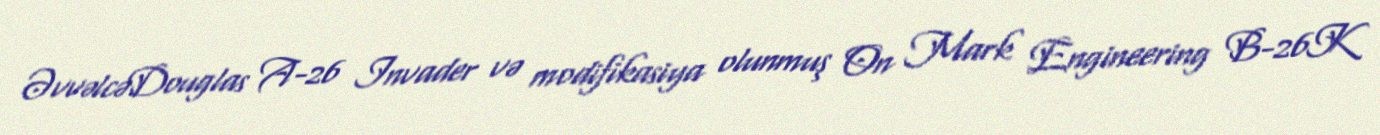
ƏvvəlcəDouglas A-26 Invader və modifikasiya olunmuş On Mark Engineering B-26K